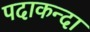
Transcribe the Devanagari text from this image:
पदाकन्दा